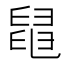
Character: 𦦁